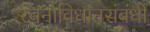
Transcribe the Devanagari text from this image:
रचनाविधानसंबंधी